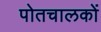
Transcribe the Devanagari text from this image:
पोतचालकों